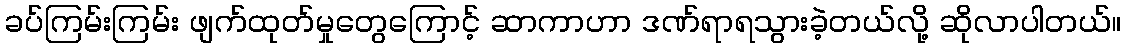
ခပ်ကြမ်းကြမ်း ဖျက်ထုတ်မှုတွေကြောင့် ဆာကာဟာ ဒဏ်ရာရသွားခဲ့တယ်လို့ ဆိုလာပါတယ်။